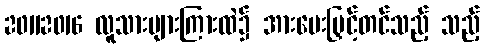
20112016 လူသားများကြားထဲ၌ အားပေးမြှင့်တင်သည့် သည့်